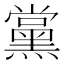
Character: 黨